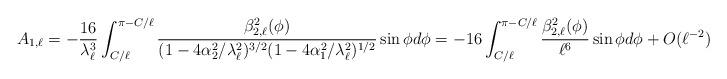
LaTeX: \begin{align*}A_{1,\ell }&=-\frac{16}{\lambda_{\ell}^3}\int_{C/\ell}^{\pi -C/\ell} \frac{\beta^2_{2,\ell}(\phi)}{(1-4 \alpha_2^2/\lambda_{\ell}^2)^{3/2} (1-4 \alpha_1^2/\lambda_{\ell}^2)^{1/2}} \sin \phi d \phi=-16 \int_{C/\ell}^{\pi -C/\ell} \frac{\beta^2_{2,\ell}(\phi)}{\ell^6} \sin \phi d \phi+O(\ell^{-2})=O(\ell^{-2}),\end{align*}